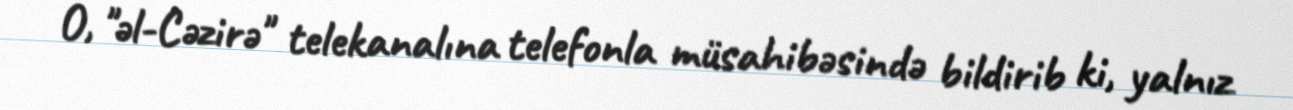
O, "əl-Cəzirə" telekanalına telefonla müsahibəsində bildirib ki, yalnız